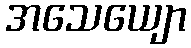
အသေယျော